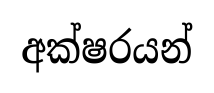
අක්ෂරයන්